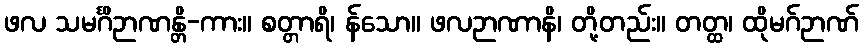
ဖလ သမင်္ဂိဉာဏန္တိ-ကား။ စတ္တာရိ၊ န်သော။ ဖလဉာဏာနိ၊ တို့တည်း။ တတ္ထ၊ ထိုမဂ်ဉာဏ်